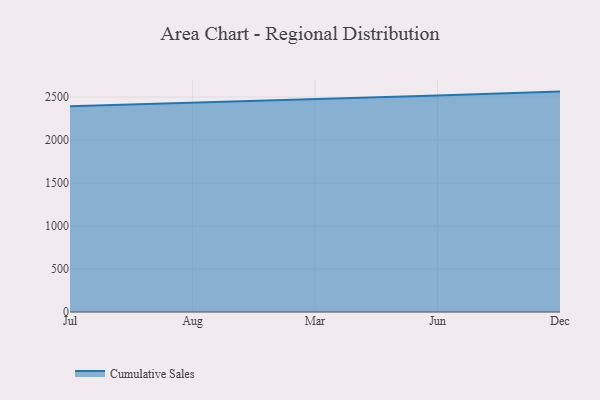
{"axis": {"x": "Month", "y": "Website Visitors"}, "legend": ["Cumulative Sales"], "data": [{"x": "Jul", "y": 2394.3, "type": "Cumulative Sales"}, {"x": "Aug", "y": 2433.2, "type": "Cumulative Sales"}, {"x": "Mar", "y": 2475.5, "type": "Cumulative Sales"}, {"x": "Jun", "y": 2517.3, "type": "Cumulative Sales"}, {"x": "Dec", "y": 2563.6, "type": "Cumulative Sales"}]}